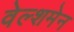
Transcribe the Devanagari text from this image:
वेल्शमेन